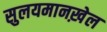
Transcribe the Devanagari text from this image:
सुलयमानख़ेल